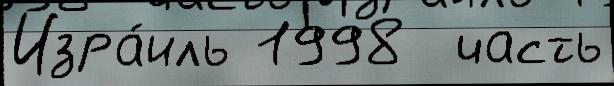
Изра́иль 1998  часть